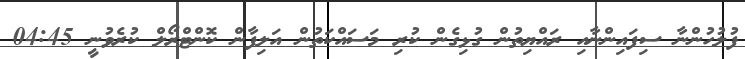
ފުލުހުންނާ ސިފައިންނާއި ރައްޔިތުން ގުޅިގެން ކުރި މަސައްކަތުން އަލިފާން ކޮންޓްރޯލް ކުރެވުނީ 04:45